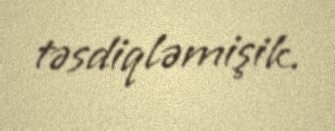
təsdiqləmişik.